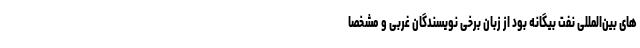
های بین‌المللی نفت بیگانه بود از زبان برخی نویسندگان غربی و مشخصا